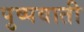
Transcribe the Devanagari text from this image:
पुष्पवाती